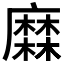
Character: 𪎦